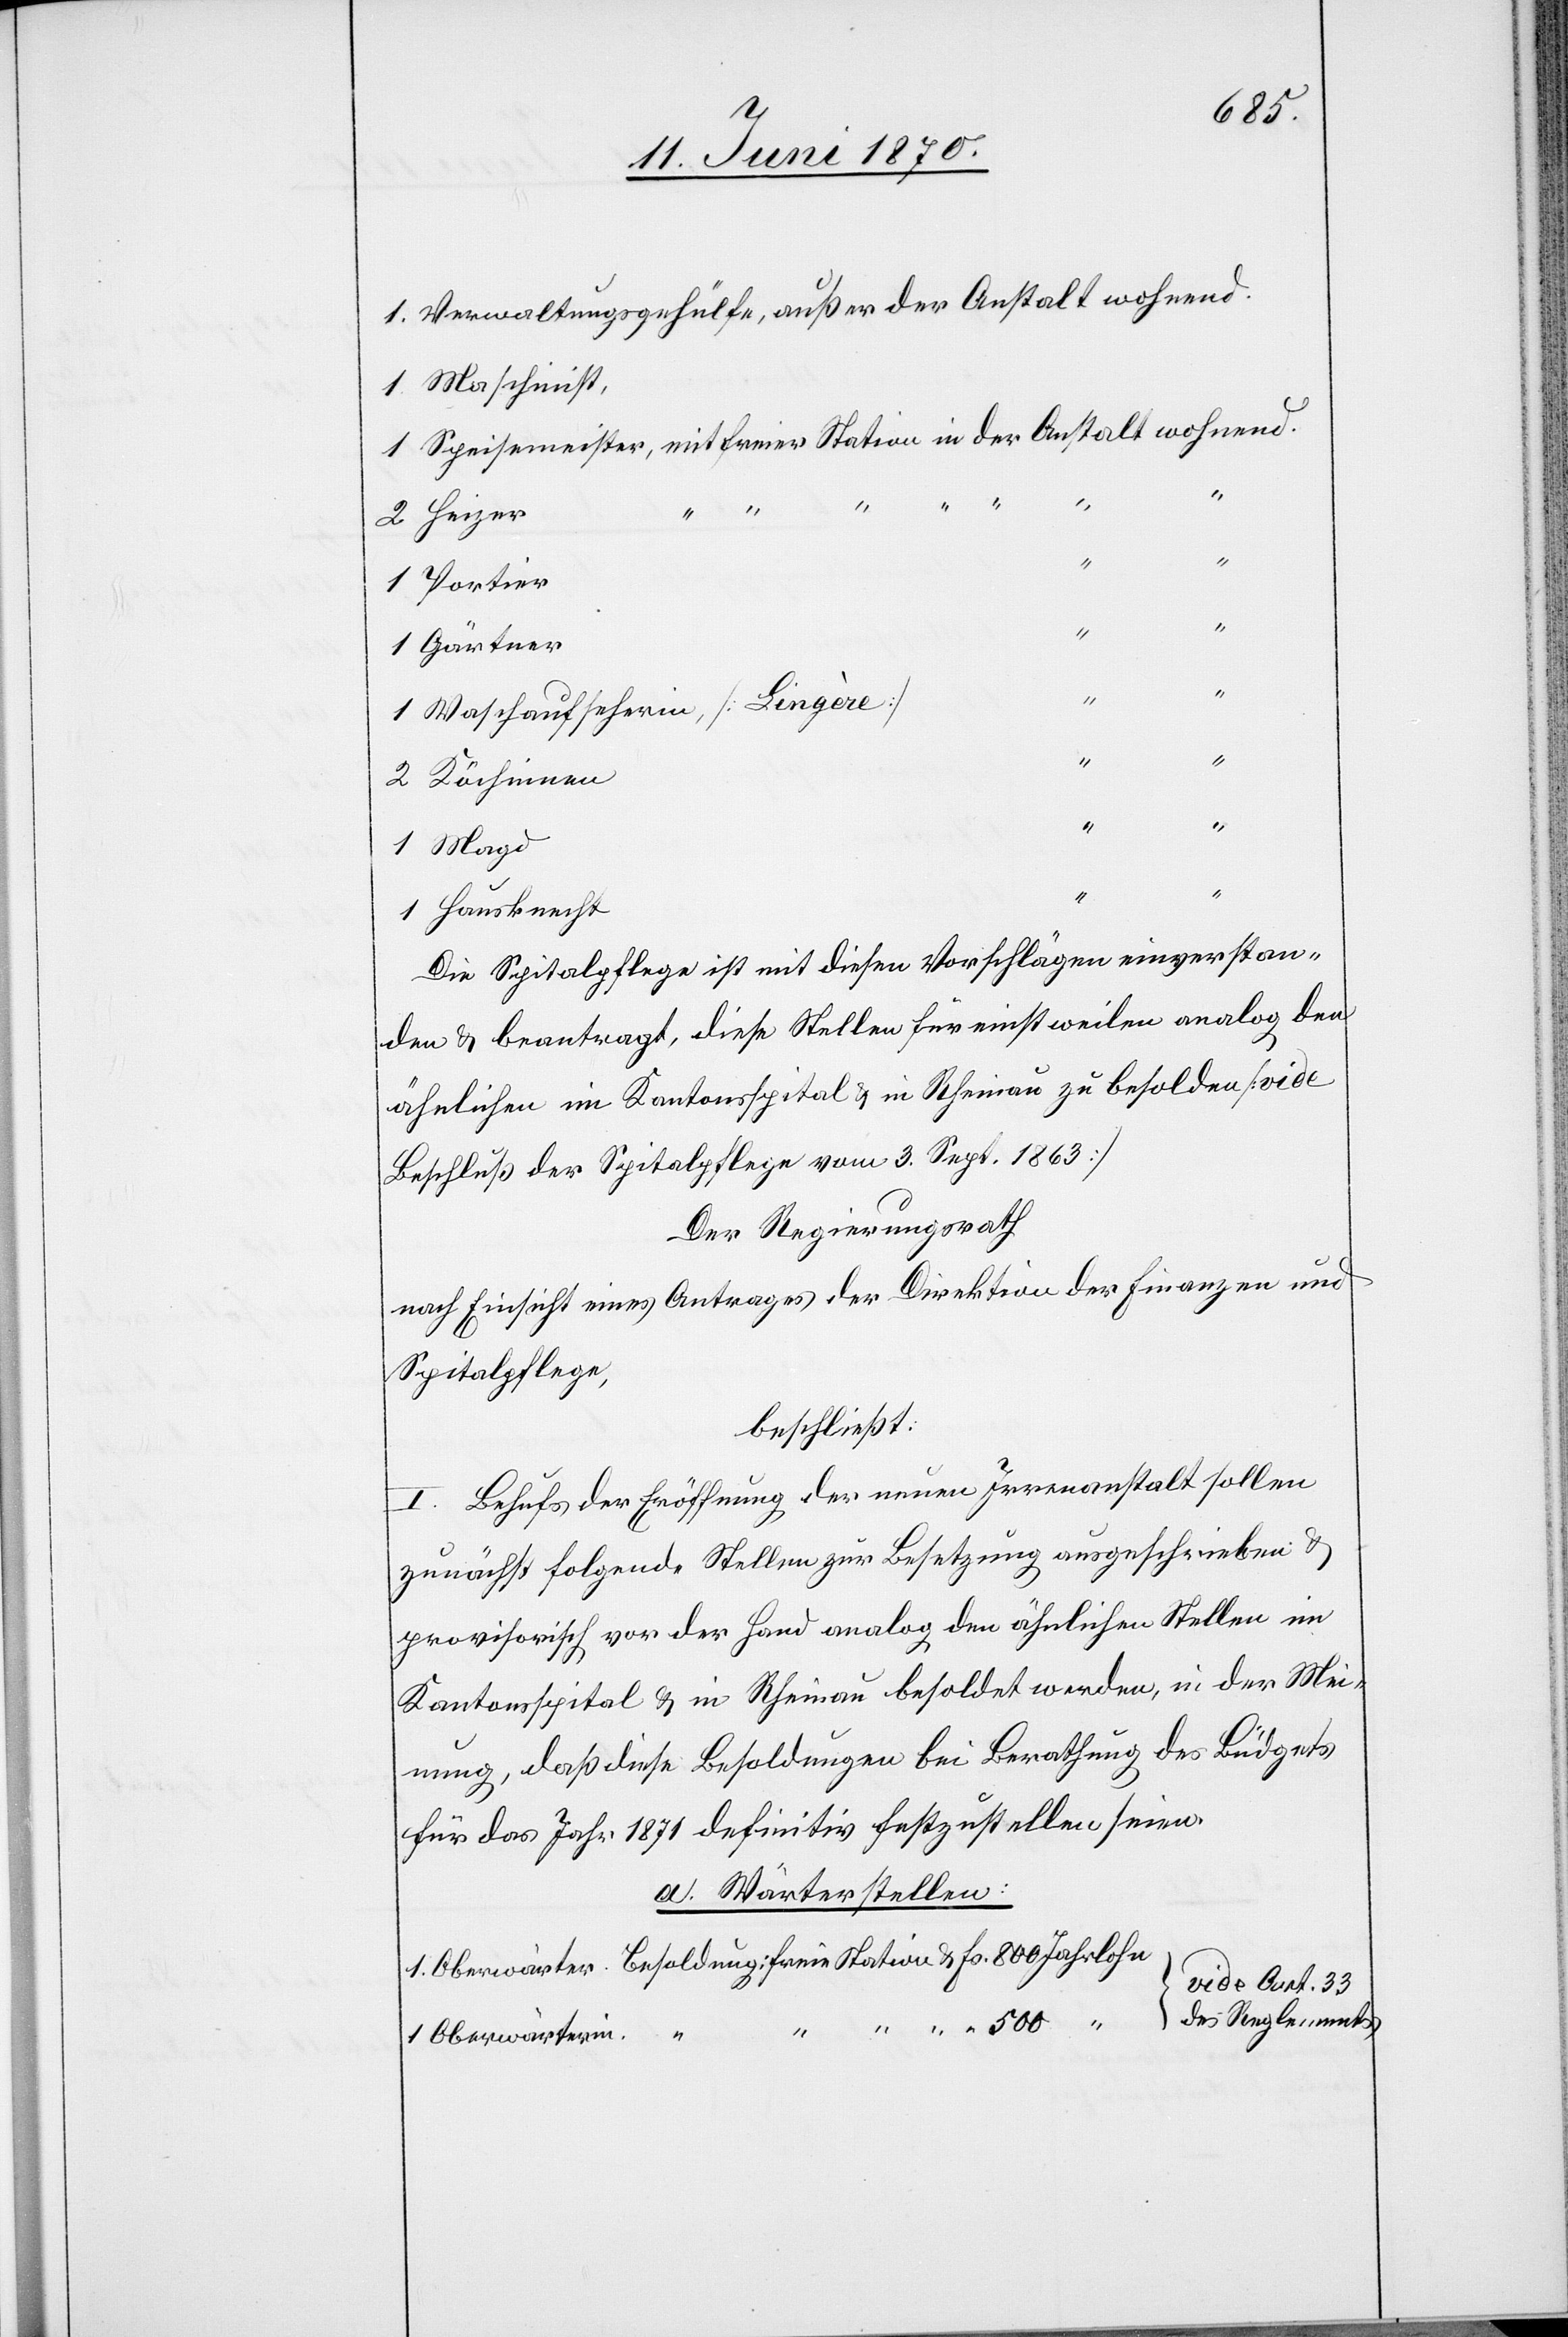
1 Verwaltungsgehülfe, außer der Anstalt wohnend.
1 Maschinist,
1 Speisemeister, mit freier Station in der Anstalt wohnend.
2 Heizer
1 Portier
1 Gärtner
1 Waschaufseherin, [Lingère]
“
“
2 Köchinnen
“
1 Magd
}
1 Hausknecht
Die Spitalpflege ist mit diesen Vorschlägen einverstan¬
den & beantragt, diese Stellen für einstweilen analog den
ähnlichen im Kantonsspital & in Rheinau zu besolden [vide
Beschluß der Spitalpflege vom 3. Sept. 1863]
Der Regierungsrath
nach Einsicht eines Antrages der Direktion der Finanzen und
Spitalpflege,
beschließt:
I. Behufs der Eröffnung der neuen Irrenanstalt sollen
zunächst folgende Stellen zur Besetzung ausgeschrieben &
provisorisch vor der Hand analog den ähnlichen Stellen im
Kantonsspital & in Rheinau besoldet werden, in der Mei¬
nung, daß diese Besoldung bei Berathung des Büdgets
für das Jahr 1871 definitiv festzustellen seien.
a. Wärterstellen:
vide Art 33
1 Oberwärter.